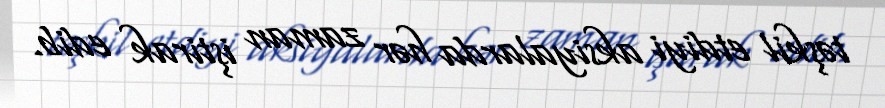
təşkil etdiyi aksiyalarda hər zaman iştirak edib.